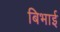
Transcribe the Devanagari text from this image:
बिभाई